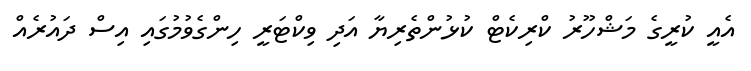
އެއީ ކުރީގެ މަޝްހޫރު ކްރިކެޓް ކުޅުންތެރިޔާ އަދި ވިކްޓަރީ ހިންގެވުމުގައި އިސް ދައުރެއް